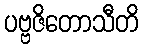
ပဗ္ဗဇိတောသီတိ